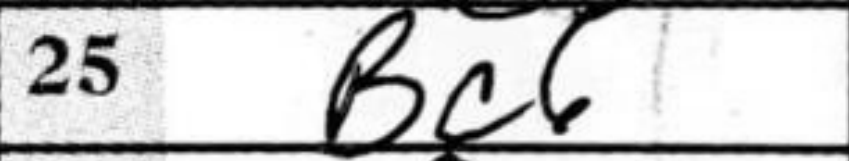
Transcription: Bc6